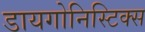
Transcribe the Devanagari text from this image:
डायगोनिस्टिक्‍स